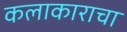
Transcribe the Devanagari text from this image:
कलाकाराचा